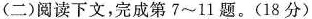
(二)阅读下文，完成第7\sim11题。(18分)